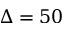
\Delta = 5 0